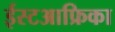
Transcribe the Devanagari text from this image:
ईस्टआफ्रिका